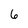
Character: 6